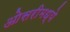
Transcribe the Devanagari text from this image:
ओसरीमध्ये